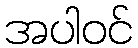
အပါဝင်